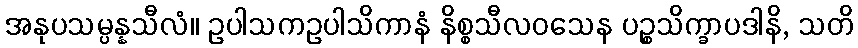
အနုပသမ္ပန္နသီလံ။ ဥပါသကဥပါသိကာနံ နိစ္စသီလဝသေန ပဉ္စသိက္ခာပဒါနိ, သတိ